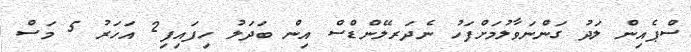
ސްޕެއިން ލަދު ގަންނަވާލުމަށްފަހު ނެދަރލޭންޑްސް އިން ބަދަލު ހިފައިފި2 އަހަރު 5 މަސް